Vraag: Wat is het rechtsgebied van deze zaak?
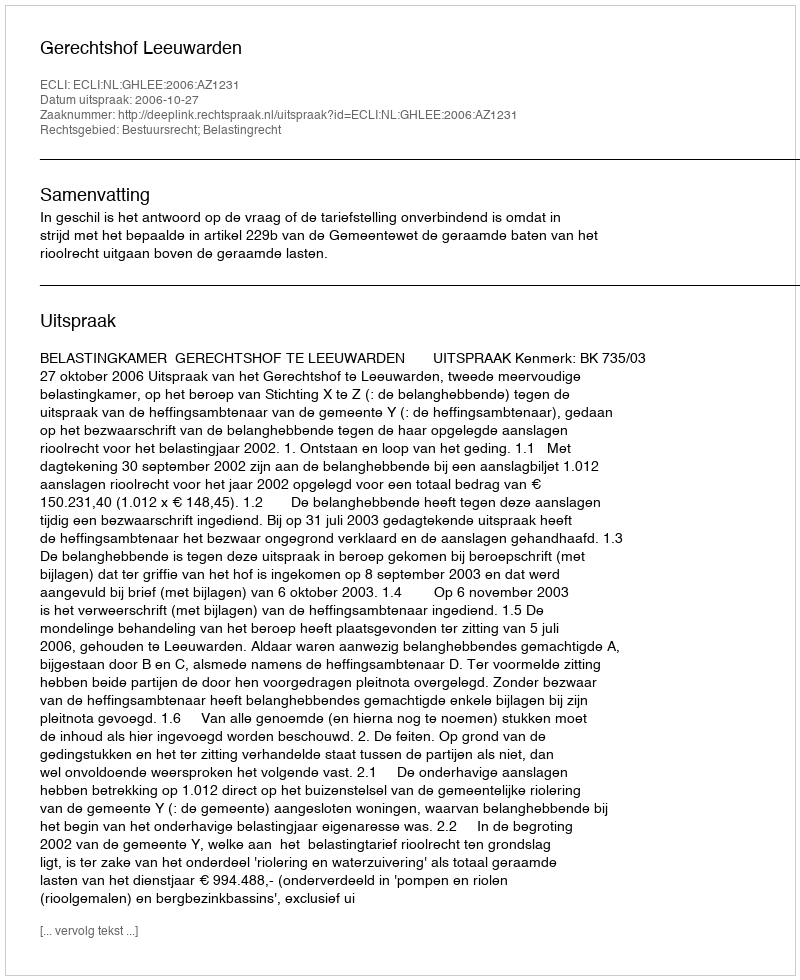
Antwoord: Bestuursrecht; Belastingrecht